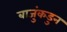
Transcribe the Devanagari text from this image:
बाजुंकडुन